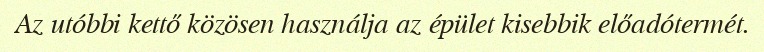
Az utóbbi kettő közösen használja az épület kisebbik előadótermét.